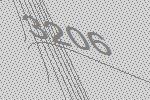
3206